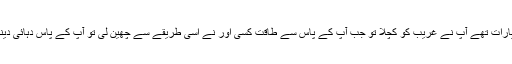
آپ کے پاس جب اختیارات تھے آپ نے غریب کو کچلا تو جب آپ کے پاس سے طاقت کسی اور نے اسی طریقے سے چھین لی تو آپ کے پاس دہائی دینے کو بھی کچھ نہیں ۔